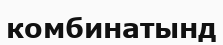
комбинатынд